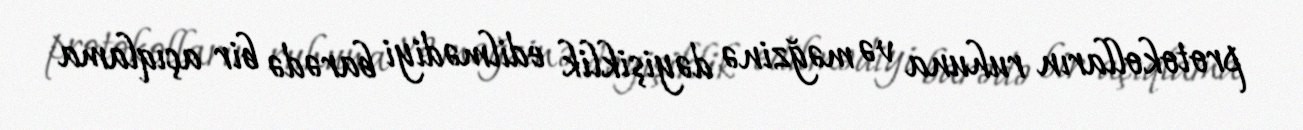
protokolların ruhuna və məğzinə dəyişiklik edilmədiyi barədə bir açıqlama